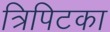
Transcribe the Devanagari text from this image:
त्रिपिटका